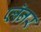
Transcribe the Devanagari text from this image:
प्लॅनर